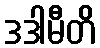
ဒဒါမီတိ